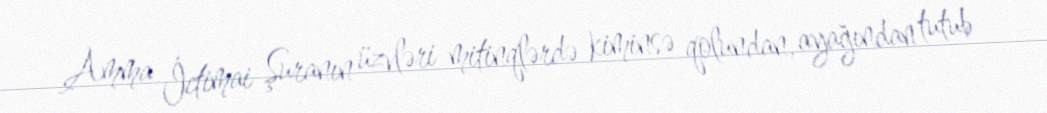
Amma İctimai Şuranın üzvləri mitinqlərdə kiminsə qolundan, ayağından tutub